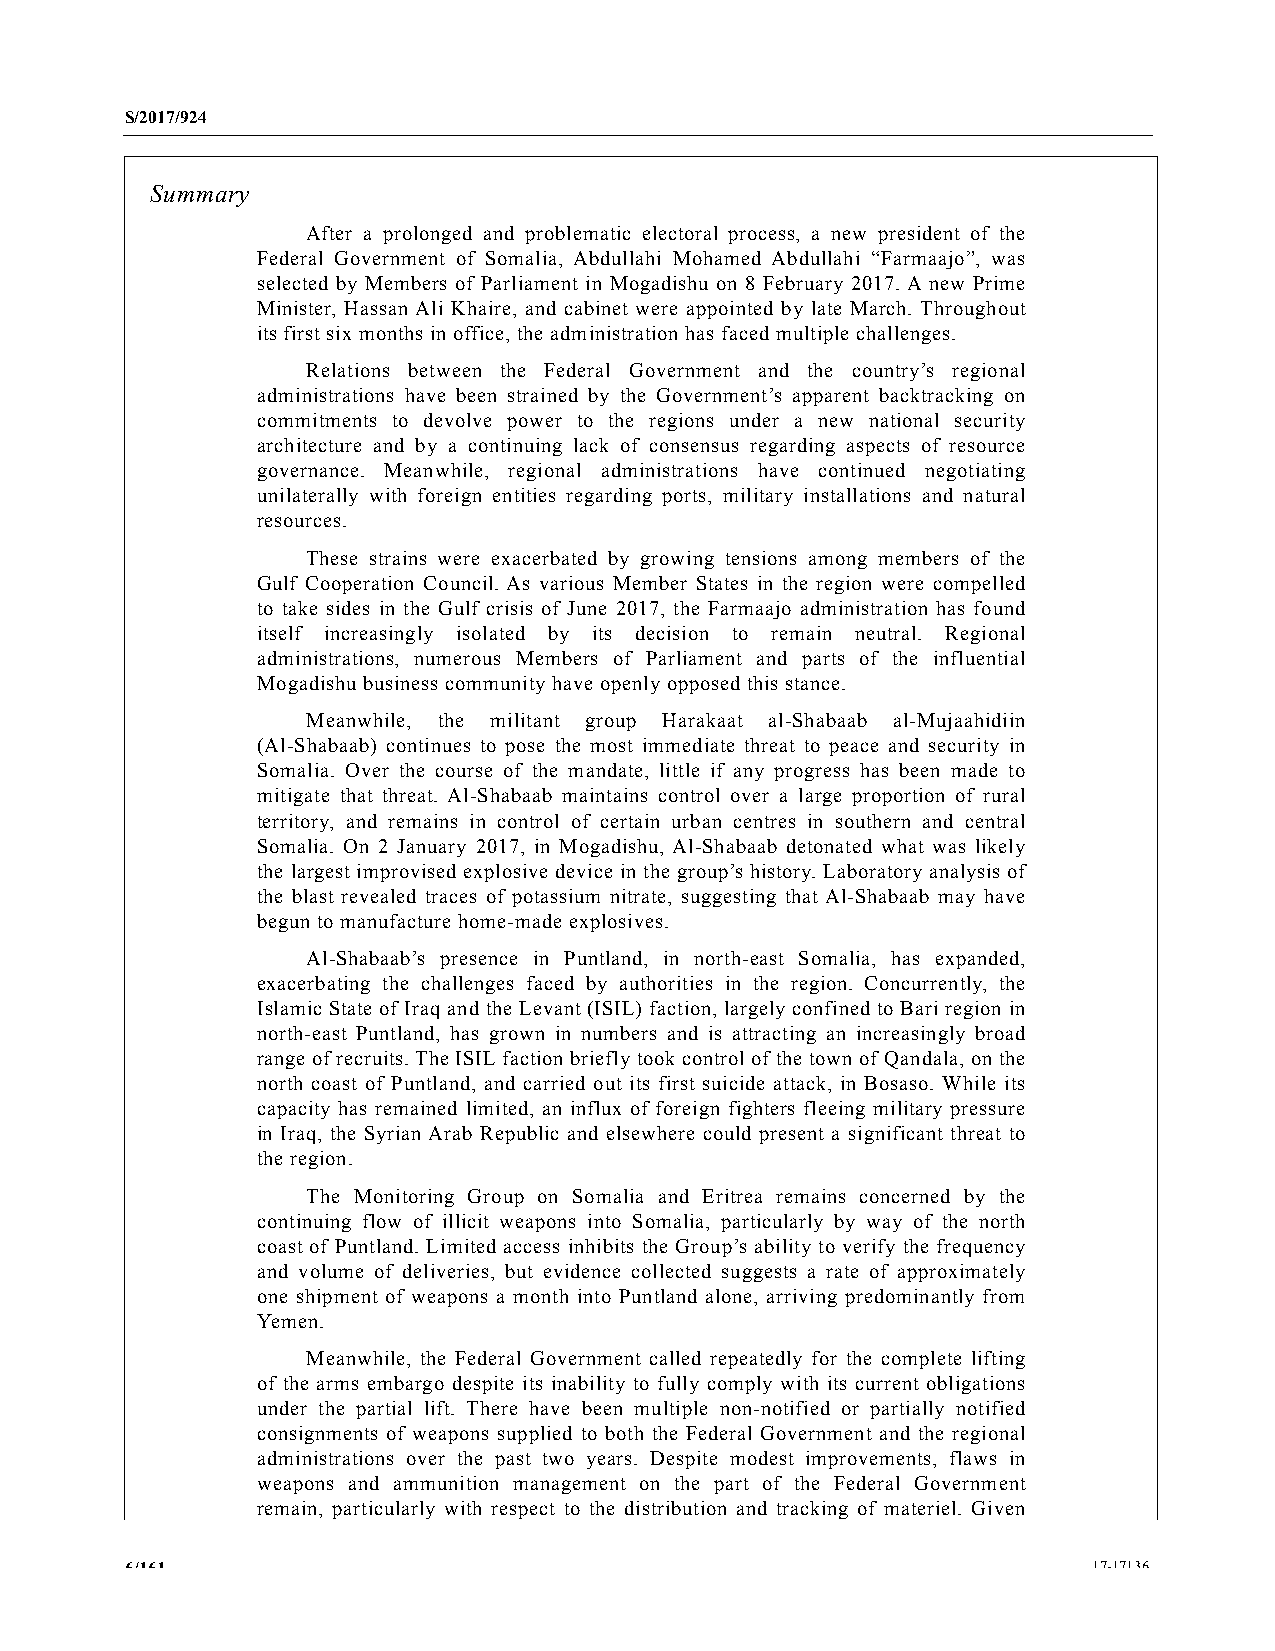
S/2017/924
 Summary
 After a prolonged and problematic electoral process, a new president of the
 Federal Government of Somalia, Abdullahi Mohamed Abdullahi “Farmaajo”, was
 selected by Members of Parliament in Mogadishu on 8 February 2017. A new Prime
 Minister, Hassan Ali Khaire, and cabinet were appointed by late March. Throughout
 its first six months in office, the administration has faced multiple challenges.
 Relations between the Federal Government and the country’s regional
 administrations have been strained by the Government’s apparent backtracking on
 commitments to devolve power to the regions under a new national security
 architecture and by a continuing lack of consensus regarding aspects of resource
 governance. Meanwhile, regional administrations have continued negotiating
 unilaterally with foreign entities regarding ports, military installations and natural
 resources.
 These strains were exacerbated by growing tensions among members of the
 Gulf Cooperation Council. As various Member States in the region were compelled
 to take sides in the Gulf crisis of June 2017, the Farmaajo administration has found
 itself increasingly isolated by its decision to remain neutral. Regional
 administrations, numerous Members of Parliament and parts of the influential
 Mogadishu business community have openly opposed this stance.
 Meanwhile, the militant group Harakaat al-Shabaab al-Mujaahidiin
 (Al-Shabaab) continues to pose the most immediate threat to peace and security in
 Somalia. Over the course of the mandate, little if any progress has been made to
 mitigate that threat. Al-Shabaab maintains control over a large proportion of rural
 territory, and remains in control of certain urban centres in southern and central
 Somalia. On 2 January 2017, in Mogadishu, Al-Shabaab detonated what was likely
 the largest improvised explosive device in the group’s history. Laboratory analysis of
 the blast revealed traces of potassium nitrate, suggesting that Al-Shabaab may have
 begun to manufacture home-made explosives.
 Al-Shabaab’s presence in Puntland, in north-east Somalia, has expanded,
 exacerbating the challenges faced by authorities in the region. Concurrently, the
 Islamic State of Iraq and the Levant (ISIL) faction, largely confined to Bari region in
 north-east Puntland, has grown in numbers and is attracting an increasingly broad
 range of recruits. The ISIL faction briefly took control of the town of Qandala, on the
 north coast of Puntland, and carried out its first suicide attack, in Bosaso. While its
 capacity has remained limited, an influx of foreign fighters fleeing military pressure
 in Iraq, the Syrian Arab Republic and elsewhere could present a significant threat to
 the region.
 The Monitoring Group on Somalia and Eritrea remains concerned by the
 continuing flow of illicit weapons into Somalia, particularly by way of the north
 coast of Puntland. Limited access inhibits the Group’s ability to verify the frequency
 and volume of deliveries, but evidence collected suggests a rate of approximately
 one shipment of weapons a month into Puntland alone, arriving predominantly from
 Yemen.
 Meanwhile, the Federal Government called repeatedly for the complete lifting
 of the arms embargo despite its inability to fully comply with its current obligations
 under the partial lift. There have been multiple non-notified or partially notified
 consignments of weapons supplied to both the Federal Government and the regional
 administrations over the past two years. Despite modest improvements, flaws in
 weapons and ammunition management on the part of the Federal Government
 remain, particularly with respect to the distribution and tracking of materiel. Given
 6/161                                                           17-17136